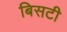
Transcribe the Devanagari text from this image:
बिसटी